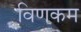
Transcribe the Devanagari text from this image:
विणकम